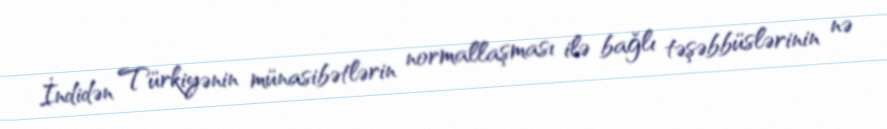
İndidən Türkiyənin münasibətlərin normallaşması ilə bağlı təşəbbüslərinin nə